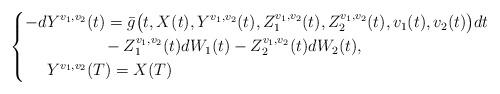
LaTeX: \begin{align*} \left\{ \begin{aligned} -dY^{v_{1}, v_{2}}&(t)=\bar{g}\big(t, X(t), Y^{v_{1}, v_{2}}(t), Z_{1}^{v_{1}, v_{2}}(t), Z_{2}^{v_{1}, v_{2}}(t), v_{1}(t), v_{2}(t)\big)dt\\ &\quad-Z_{1}^{v_{1}, v_{2}}(t)dW_{1}(t)-Z_{2}^{v_{1}, v_{2}}(t)dW_{2}(t), \\ Y^{v_{1}, v_{2}}&(T)=X(T) \end{aligned}\right.\end{align*}